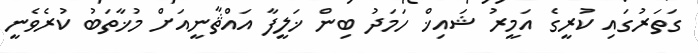
ގަތަރުގައި ކުރީގެ އަމީރު ޝައިޚް ހަމަދު ބިން ޚަލީފާ އައްޘާނީއަށް މުޚާތަބު ކުރެވެނީ